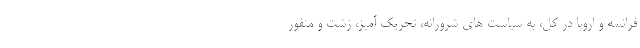
فرانسه و اروپا در کل، به سیاست های شرورانه، تحریک آمیز، زشت و منفور